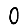
Digit: 0